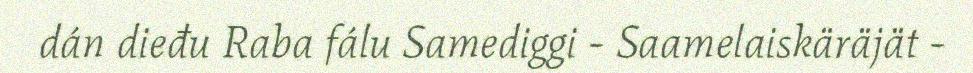
dán dieđu Raba fálu Samediggi - Saamelaiskäräjät -